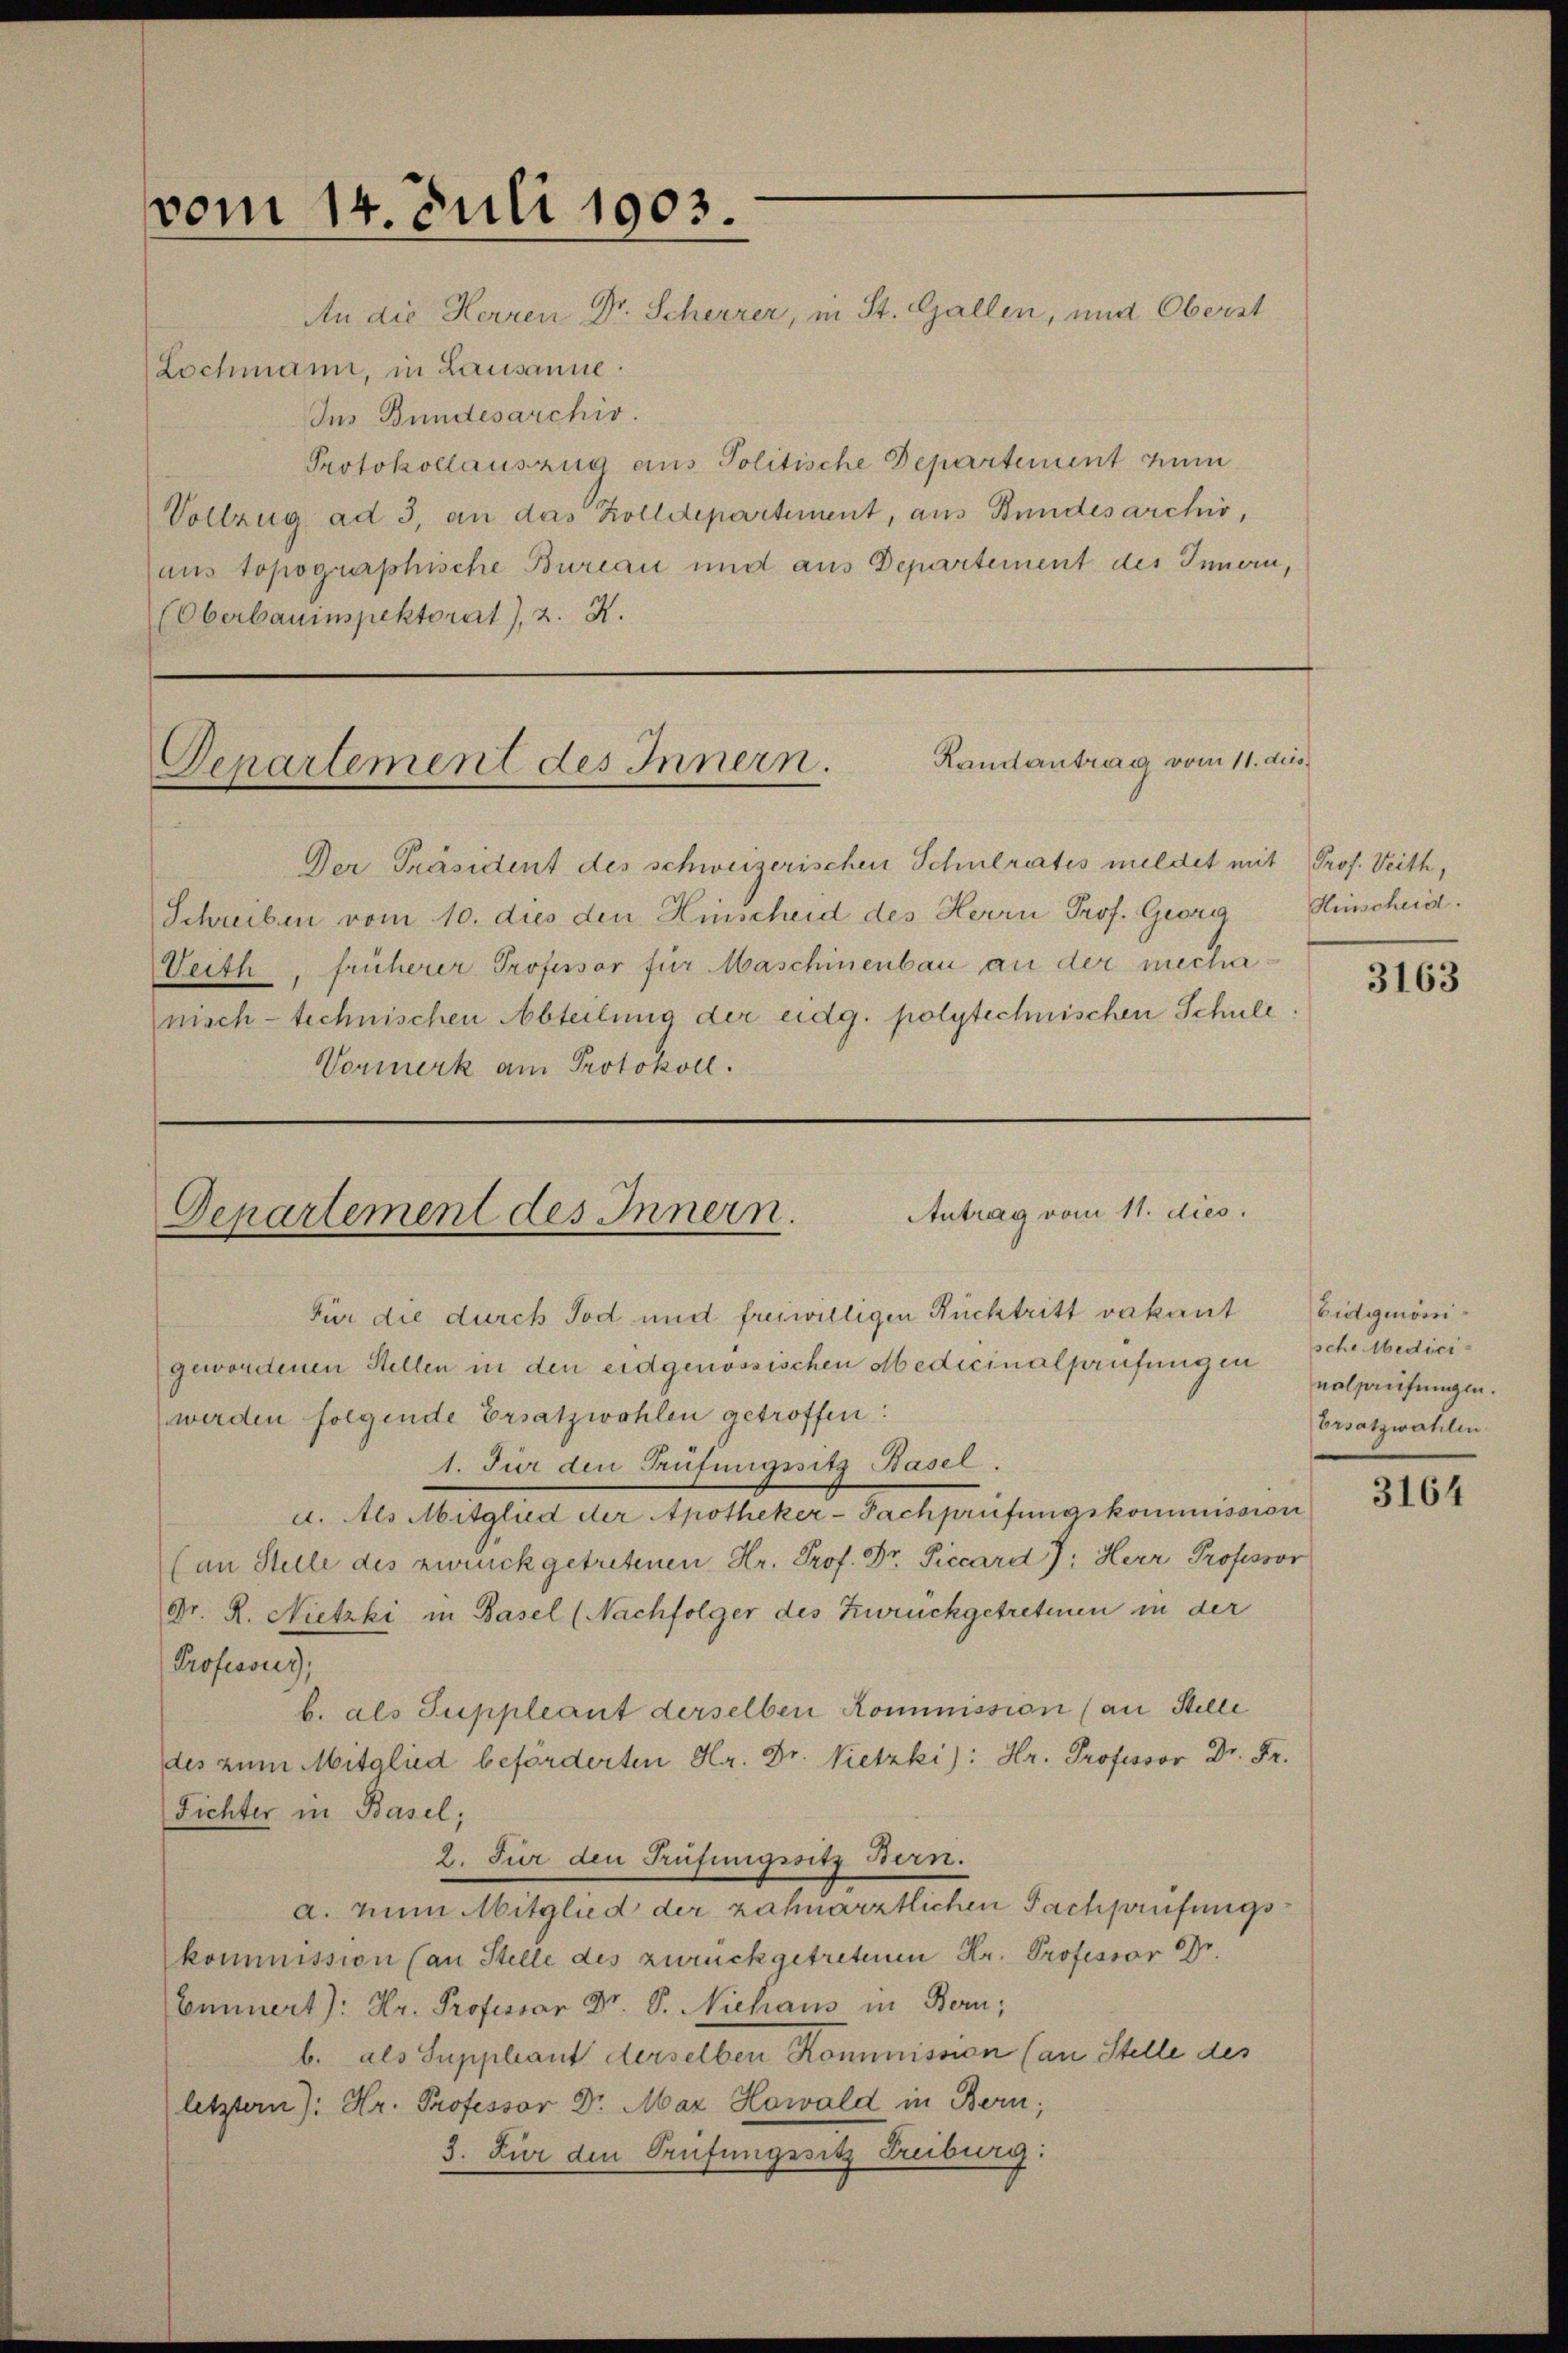
vom 14. Juli 1903.
An die Herren Dr. Scherrer, in St. Gallen, und Oberst

Lochmann, in Lausanne.
Ins Bundesarchiv.
Protokollauszug aus Politische Departement zum
Vollzug ad 3, an das Zolldepartement, aus Bundesarchiv,
aus topographische Bureau und aus Departement des Innern,
(Oberbauinspektorat), 2. X.

Randantrag vom 11. dies
Departement des Innern.

Der Präsident des schweizerischen Schulrates mildet mit
Schreiben vom 10. dies den Hinscheid des Herrn Prof. Georg
Veith, früherer Professor für Maschinenbau an der mechanisch-technischen Abteilung der eidg. polytechnischen Schule
Vormerk am Protokoll.

Antrag vom 11. dies
Departement des Innern.
Für die durch Tod und freiwilligen Rücktritt vakant

gewordenen Stellen in den eidgenössischen Medicinalprüfungen
werden folgende Ersatzwahlen getroffen:
1. Für den Trüfungssitz Basel
a. Als Mitglied der Apotheker-Sachprüfungskommission
(an Stelle des zurückgetretenen Hr. Prof. Dr. Piccard J: Herr Professor
Dr. R. Nietzki in Basel (Nachfolger des Zurückgetretenen in der
Professores,
b. als Suppleant derselben Kommission (an Stelle
des zum Mitglied beförderten Hr. Dr. Nietzki): Hr. Professor Dr. Fr.
Fichter in Basel;
2. Für den Prüfungssitz Bern.
a. zum Mitglied der zahnarztlichen Fachprüfungskommission (an Stelle des zurückgetretenen Hr. Professor Dr.
Eunnert): Hr. Professor Dr. S. Niehaus in Bern;
b. als Suppleant derselben Kommission (an Stelle des
letztern): Hr. Professor Dr. Max Howald in Bern,
3. Für den Prüfungssitz Treiburg:

Prof. Veith,
Hinscheid.

3163

Eidgmönische Medici
nalstufungen.
Ersatzwahlen

3164